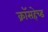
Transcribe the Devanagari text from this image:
क्रॉसहेच्ड